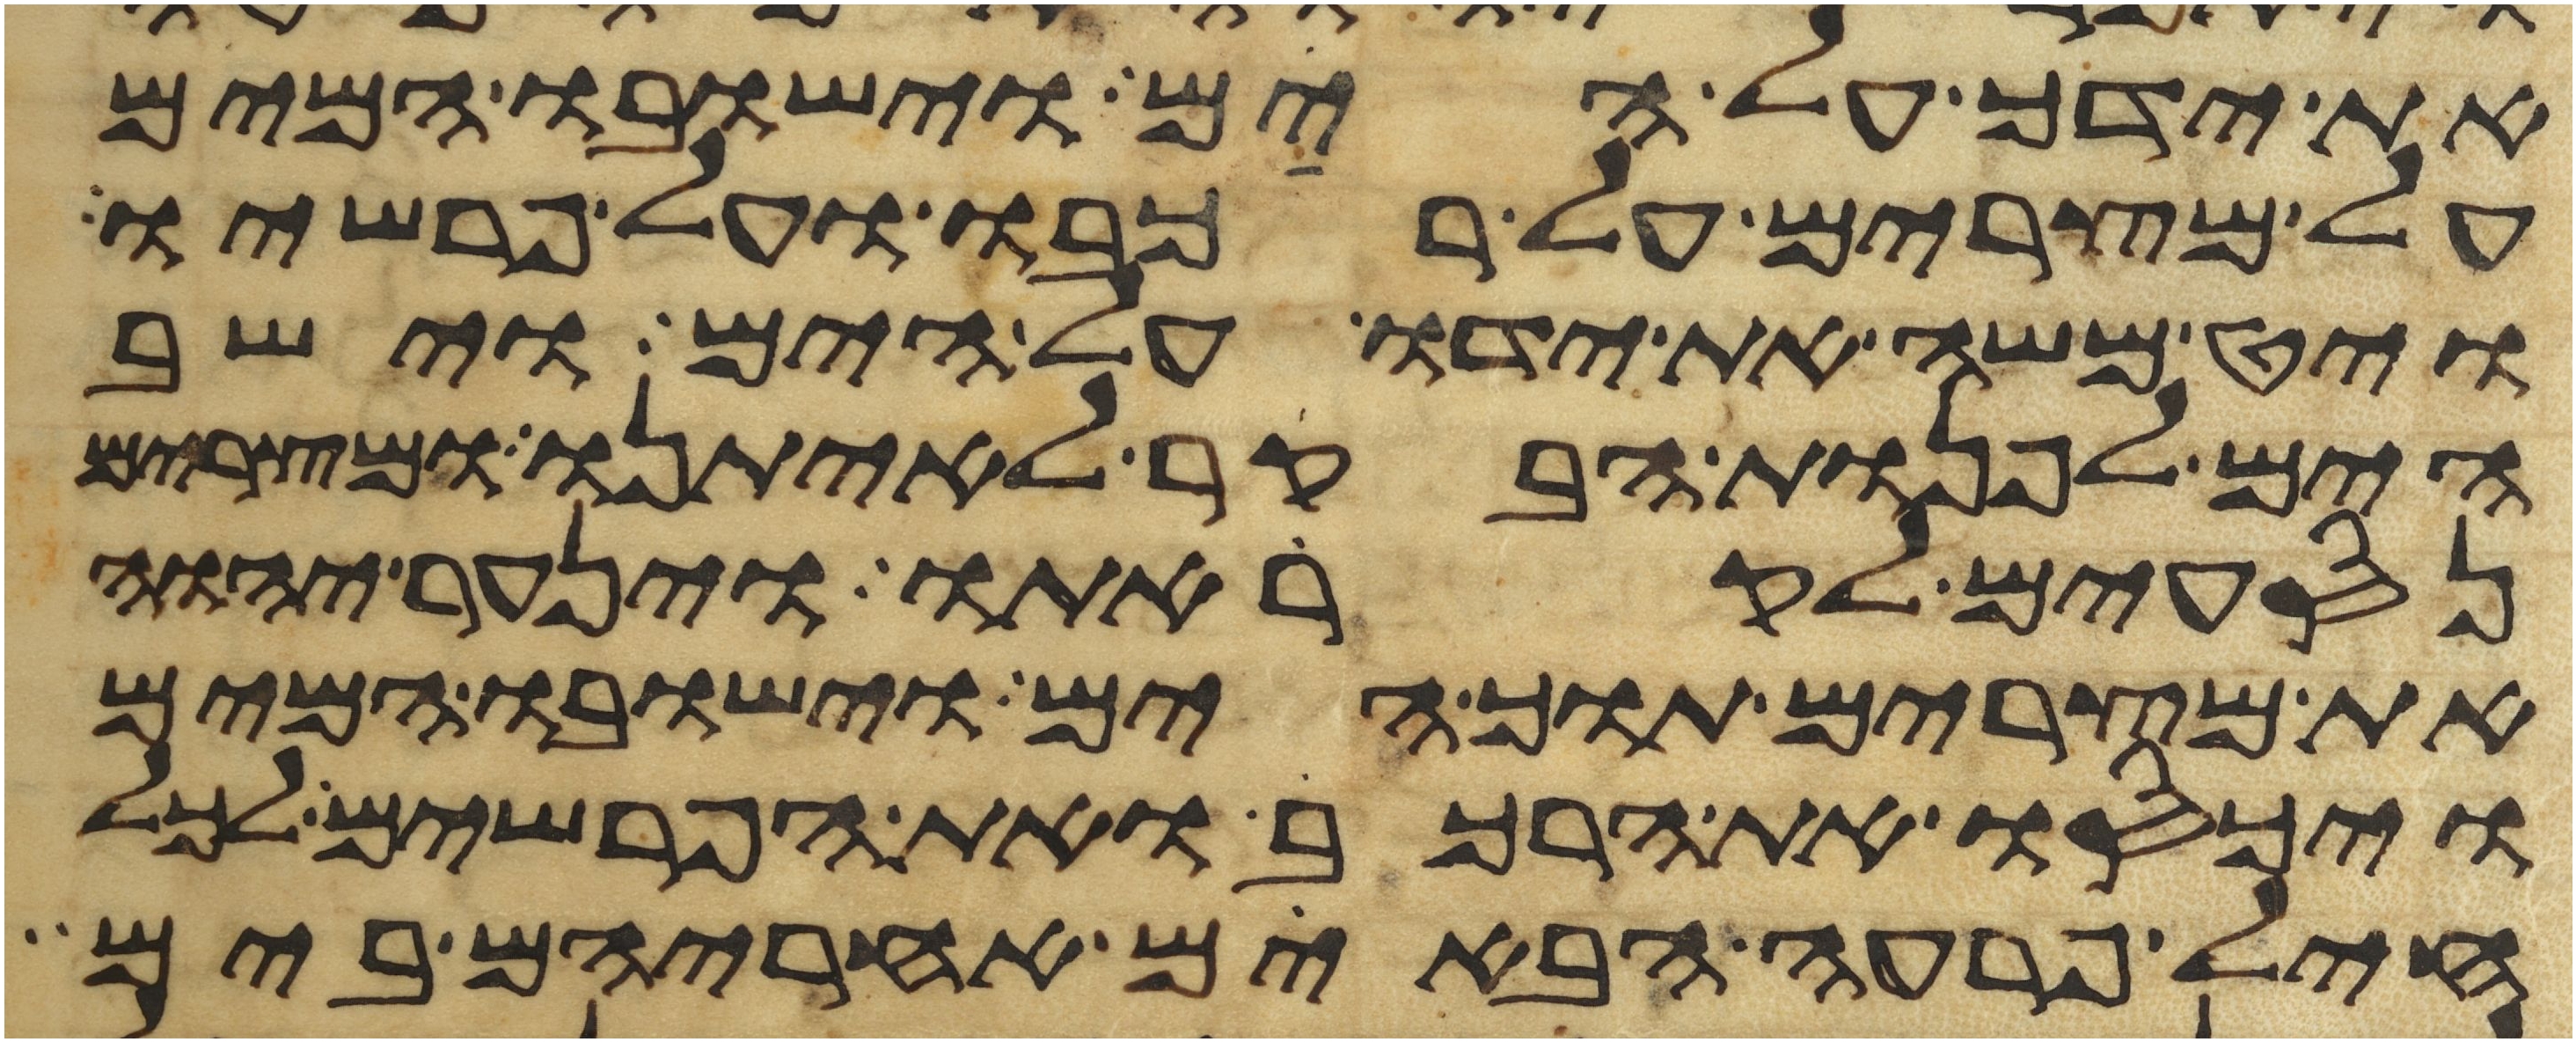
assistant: את ידך על הים וישובו המים
על מצרים על רכבו ועל פרשיו
ויט משה את ידו על הים וישב
הים לפנות הבקר לאיתנו ומצרים
נסעים לקראתו וינער יהוה
את מצרים תוך הים וישובו המים
ויכסו את הרכב ואת הפרשים לכל
חיל פרעה הבאים אחריהם בים